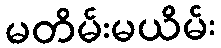
မတိမ်းမယိမ်း